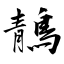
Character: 鶄